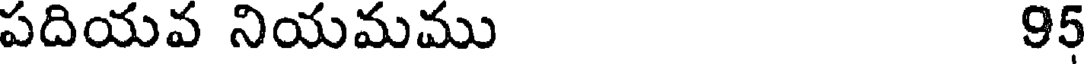
పదియవ నియమము 95